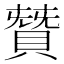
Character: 𮚋